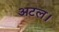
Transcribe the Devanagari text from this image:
अटल।